Vaccination Hyderabad 1872-1889 - 1872-1889
Year: 1872
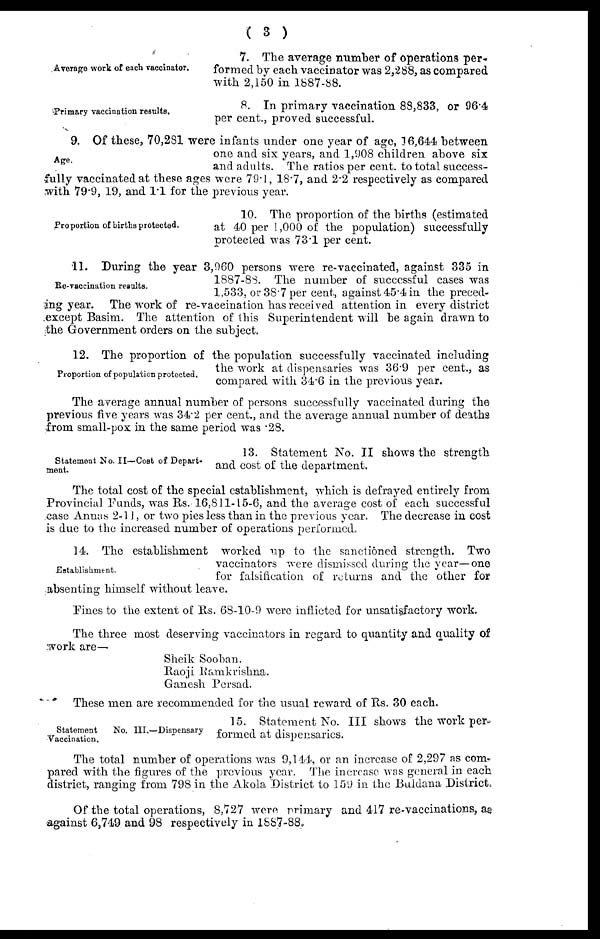
( 3 )
Average work of each vaccinator.
7. The average number of operations per-
formed by each vaccinator was 2,288, as compared
with 2,150 in 1887-88.
Primary vaccination results.
8. In primary vaccination 88,833, or 96.4
per cent., proved successful.
Age.
9. Of these, 70,281 were infants under one year of age, 16,644 between
one and six years, and 1,908 children above six
and adults. The ratios per cent. to total success-
fully vaccinated at these ages were 79.1, 18.7, and 2.2 respectively as compared
with 79.9, 19, and 1.1 for the previous year.
Proportion of births protected.
10. The proportion of the births (estimated
at 40 per 1,000 of the population) successfully
protected was 73.1 per cent.
Re-vaccination results.
11. During the year 3,960 persons were re-vaccinated, against 335 in
1887-88. The number of successful cases was
1,533, or 387 per cent, against 45.4 in the preced-
ing year. The work of re-vaccination has received attention in every district
Proportion of population protected.
12. The proportion of the population successfully vaccinated including
the work at dispensaries was 36.9 per cent., as
compared with 34.6 in the previous year.
The average annual number of persons successfully vaccinated during the
previous five years was 34.2 per cent., and the average annual number of deaths
from small-pox in the same period was .28.
Statement No. II—Cost of Depart¬
ment.
13. Statement No. II shows the strength
and cost of the department.
The total cost of the special establishment, which is defrayed entirely from
Provincial Funds, was Rs. 16,811-15-6, and the average cost of each successful
case Annas 2-11, or two pies less than in the previous year. The decrease in cost
is due to the increased number of operations performed.
Establishment.
14. The establishment worked up to the sanctioned strength. Two
vaccinators were dismissed during the year—one
for falsification of returns and the other for
absenting himself without leave.
Fines to the extent of Rs. 68-10-9 were inflicted for unsatisfactory work.
The three most deserving vaccinators in regard to quantity and quality of
work are—
Sheik Sooban.
Raoji Ramkrishna.
Ganesh Persad.
These men are recommended for the usual reward of Rs. 30 each.
Statement
No. III.—Dispensary
Vaccination.
15. Statement No. III shows the work per-
formed at dispensaries.
The total number of operations was 9,144, or an increase of 2,297 as com-
pared with the figures of the previous year. The increase was general in each
district, ranging from 798 in the Akola District to 159 in the Buldana District.
Of the total operations, 8,727 were primary and 417 re-vaccinations, as
against 6,749 and 98 respectively in 1887-88.